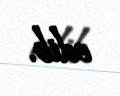
edib.